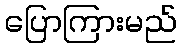
ပြောကြားမည်